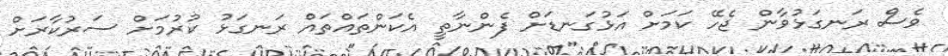
ވެސް ރަނގަޅުވާން ޖެހޭ ކަމަށް އަޅުގަނޑަށް ފެންނާތީ އެކަންތައްތައް ރަނގަޅު ކުރުމަށް ސަރުކާރަށް